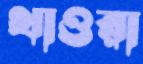
থাওরা